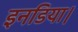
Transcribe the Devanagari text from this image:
इनडिया।